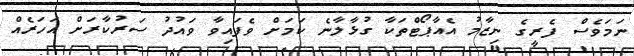
ނަމަވެސް ފެރީގެ ނިޒާމު އެއާޕޯޓްތަކާ ގުޅާލާނެ ކަމަށް ވެފައިވާ ވައުދު ސަރުކާރަށް އަހަރެއް